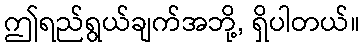
ဤရည်ရွယ်ချက်အဘို့, ရှိပါတယ်။